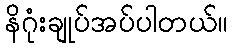
နိဂုံးချုပ်အပ်ပါတယ်။